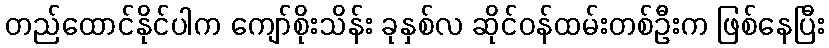
တည်ထောင်နိုင်ပါက ကျော်စိုးသိန်း ခုနှစ်လ ဆိုင်ဝန်ထမ်းတစ်ဦးက ဖြစ်နေပြီး